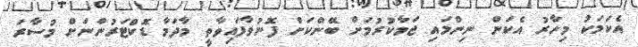
އެކަމަކު މިހާރު އެކަން ނިންމައި ޖަމާކުރުމަށް ބޭންކަށް ފޮނުވާފައިވާތީ މާދަމާ ޑޮކްޓަރުންނަށް މުސާރަ